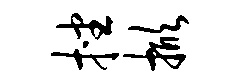
挫掀